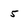
Character: 5